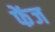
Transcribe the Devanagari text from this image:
फेंज